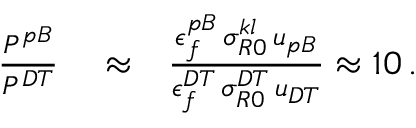
\begin{array} { r l r } { \frac { P ^ { p B } } { P ^ { D T } } } & { { } \approx } & { \frac { \epsilon _ { f } ^ { p B } \, \sigma _ { R 0 } ^ { k l } \, u _ { p B } } { \epsilon _ { f } ^ { D T } \, \sigma _ { R 0 } ^ { D T } \, u _ { D T } } \approx 1 0 \, . } \end{array}